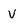
Character: V